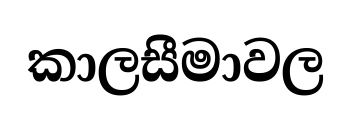
කාලසීමාවල